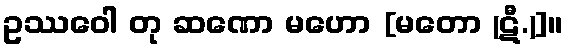
ဥဿဝေါ တု ဆဏော မဟော [မတော (ဋီ.)]။